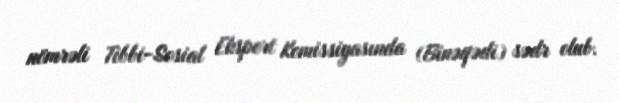
nömrəli Tibbi-Sosial Ekspert Komissiyasında (Binəqədi) sədr olub.